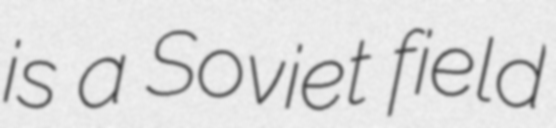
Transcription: is a Soviet field